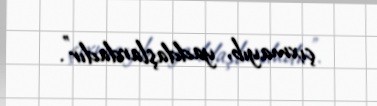
çıxmayıb, yaddaşlardadır”.